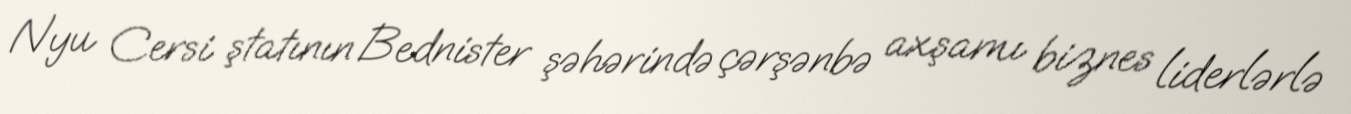
Nyu Cersi ştatının Bednister şəhərində çərşənbə axşamı biznes liderlərlə